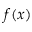
f ( x )